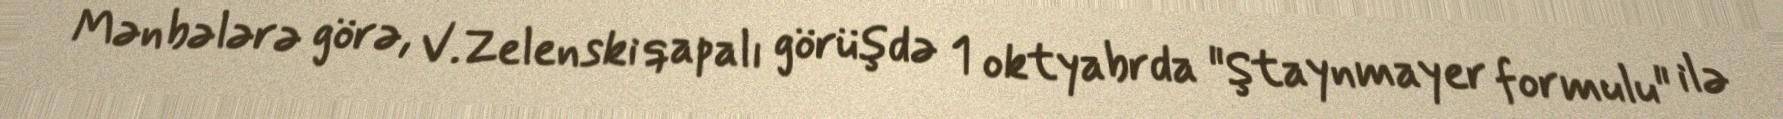
Mənbələrə görə, V.Zelenski qapalı görüşdə 1 oktyabrda "Ştaynmayer formulu" ilə